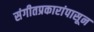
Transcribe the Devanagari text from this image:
संगीतप्रकारांपासून